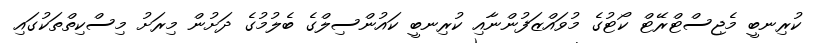
ކުރިނބީ މެޖިސްޓްރޭޓް ކޯޓުގެ މުވައްޒަފުންނާއި ކުރިނބީ ކައުންސިލްގެ ބެލުމުގެ ދަށުން މިރަށު މިސްކިތްތަކުގައި